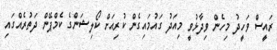
ރައީސް ވަހީދު މިހެން ވިދާޅުވީ މިއަދު ގައުމައިގެން ކުރިއަށް ކޯލިޝަންގެ ކެމްޕޭން ދަތުރެއްގައި